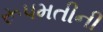
રૂપમતીની